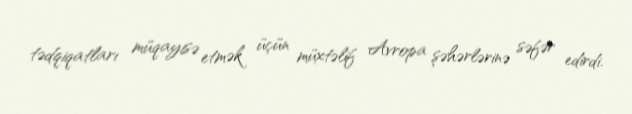
tədqiqatları müqayisə etmək üçün müxtəlif Avropa şəhərlərinə səfər edirdi.